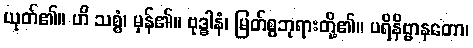
ယုတ်၏။ ဟိ သစ္စံ၊ မှန်၏။ ဗုဒ္ဓါနံ၊ မြတ်စွဘုရားတို့၏။ ပရိနိဗ္ဗာနတော၊